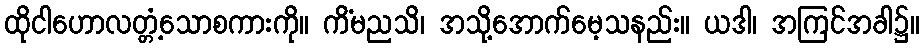
ထိုငါဟောလတ္တံ့သောစကားကို။ ကိံမညသိ၊ အသို့အောက်မေ့သနည်း။ ယဒါ၊ အကြင်အခါ၌။